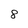
Character: 8